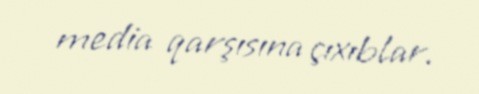
media qarşısına çıxıblar.